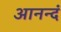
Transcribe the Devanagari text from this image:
आनन्दं